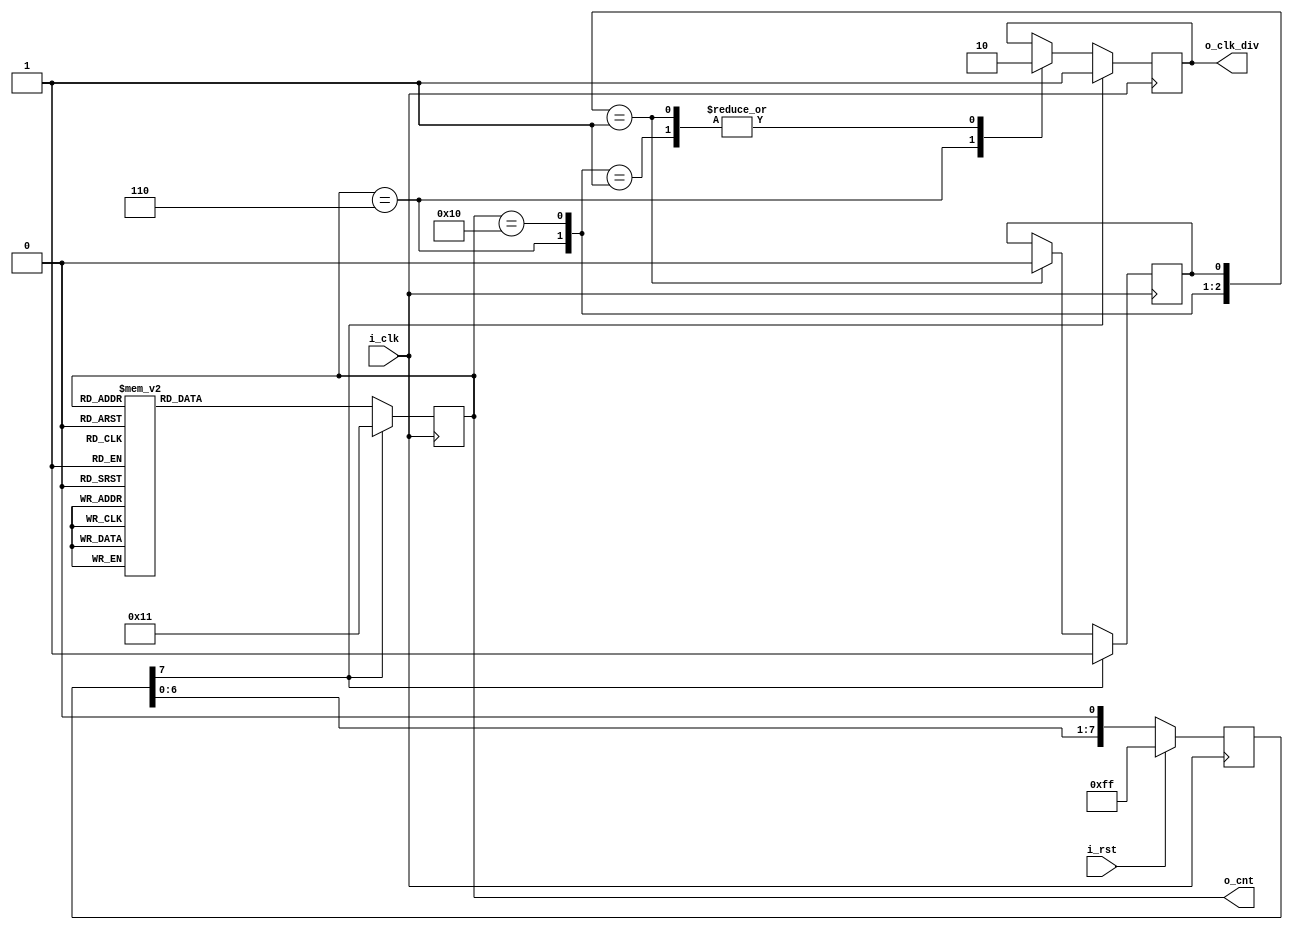
`default_nettype none
`timescale 1ns/1ps

  module grey_10
  (
   input        i_clk, i_rst,
   output [4:0] o_cnt,
   output       o_clk_div
  );

   localparam pZERO        = 'b10001;
   localparam pONE         = 'b00001;
   localparam pTWO         = 'b00011;
   localparam pTHREE       = 'b00010;
   localparam pFOUR        = 'b00110;
   localparam pFIVE        = 'b00100;
   localparam pSIX         = 'b01100;
   localparam pSEVEN       = 'b01000;
   localparam pEIGHT       = 'b11000;
   localparam pNINE        = 'b10000;

////////////////////////////////////////
   reg [7:0]    r_rst  = 'hFF;
   wire         w_rst  = r_rst[7];

   always @( posedge i_clk )
     if( i_rst )
       r_rst          <= 'hFF;
     else
       r_rst          <= { r_rst, 1'b0 };

////////////////////////////////////////
   reg [4:0]    r_cnt;
   assign       o_cnt      = r_cnt;

   always @( posedge i_clk )
     if( w_rst )
        r_cnt             <= pZERO;
     else
       r_cnt              <= f_next( r_cnt );

////////////////////////////////////////
   reg          r_clk_div, r_start;
   assign       o_clk_div  = r_clk_div;

   always @( posedge i_clk )
     if( w_rst ) begin
        r_clk_div            <= 'b1;
        r_start              <= 'b1;
     end
     else
       casex({ r_cnt == pFOUR, r_cnt == pNINE, r_start })
         'b1xx:   r_clk_div  <= 'b1;
         'b01x:   r_clk_div  <= 'b0;
         'b001: begin
            r_clk_div        <= 'b0;
            r_start          <= 'b0;
         end
         default: r_clk_div  <= r_clk_div;
       endcase

////////////////////////////////////////
   function [4:0] f_next( input [4:0] f_in );
      case( f_in )
        pZERO:   f_next    = pONE;
        pONE:    f_next    = pTWO;
        pTWO:    f_next    = pTHREE;
        pTHREE:  f_next    = pFOUR;
        pFOUR:   f_next    = pFIVE;
        pFIVE:   f_next    = pSIX;
        pSIX:    f_next    = pSEVEN;
        pSEVEN:  f_next    = pEIGHT;
        pEIGHT:  f_next    = pNINE;
        default: f_next    = pZERO;
      endcase
   endfunction

endmodule